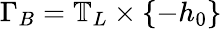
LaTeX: \Gamma_{B}=\mathbb{T}_{L}\times\{ -h_{0}\}